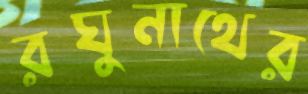
রঘুনাথের